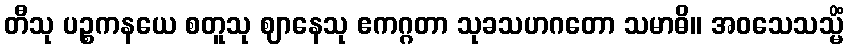
တီသု ပဉ္စကနယေ စတူသု ဈာနေသု ဧကဂ္ဂတာ သုခသဟဂတော သမာဓိ။ အဝသေသသ္မိံ